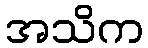
အသိက